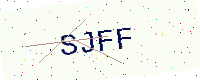
Text: SJFF